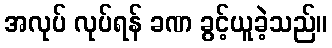
အလုပ် လုပ်ရန် ခဏ ခွင့်ယူခဲ့သည်။